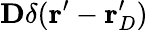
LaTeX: \mathbf{D}\delta(\mathbf{r}^{\prime}-\mathbf{r}_{D}^{\prime})